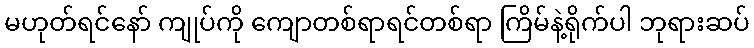
မဟုတ်ရင်နော် ကျုပ်ကို ကျောတစ်ရာရင်တစ်ရာ ကြိမ်နဲ့ရိုက်ပါ ဘုရားဆပ်